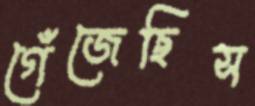
গেঁজেছিস